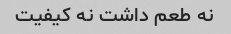
نه طعم داشت نه کیفیت